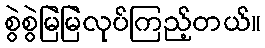
စွဲစွဲမြဲမြဲလုပ်ကြည့်တယ်။